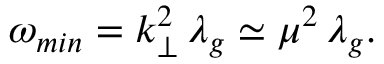
\omega _ { m i n } = k _ { \perp } ^ { 2 } \, \lambda _ { g } \simeq \mu ^ { 2 } \, \lambda _ { g } .